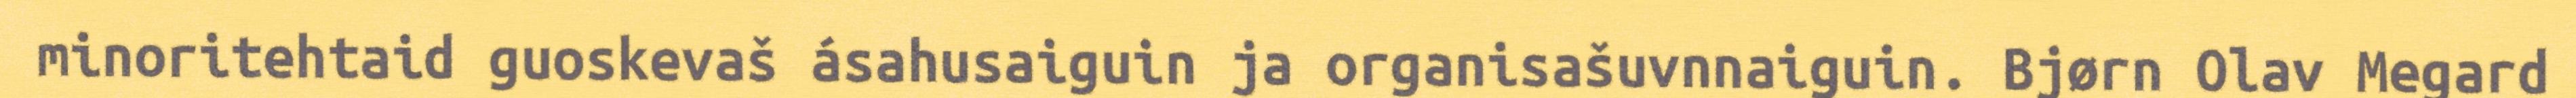
minoritehtaid guoskevaš ásahusaiguin ja organisašuvnnaiguin. Bjørn Olav Megard